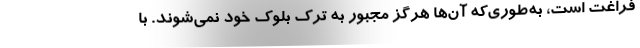
فراغت است، به‌طوری‌که آن‌ها هرگز مجبور به ترک بلوک خود نمی‌شوند. با